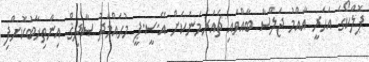
ޕޮލްކޯގެ އަހަރީ އާއްމު ޖަލްސާ ބާއްވައި ޗެއަރމަނަކަށް އޭ.ސީ.ޕީ މުޙައްމަދު ޞާދިޤް އިންތިޚާބުކޮށްފި